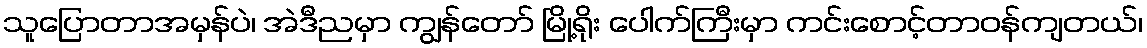
သူပြောတာအမှန်ပဲ၊ အဲဒီညမှာ ကျွန်တော် မြို့ရိုး ပေါက်ကြီးမှာ ကင်းစောင့်တာဝန်ကျတယ်၊